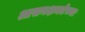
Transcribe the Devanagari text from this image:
आसनक्षमतेच्या